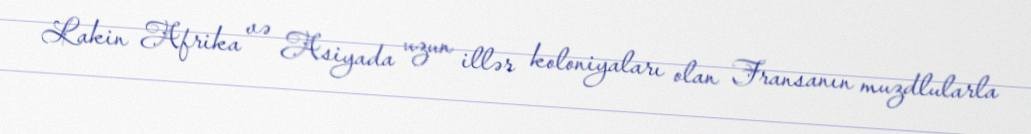
Lakin Afrika və Asiyada uzun illər koloniyaları olan Fransanın muzdlularla